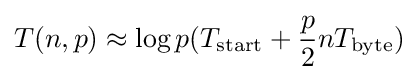
T(n,p)\approx \log {p}(T_{\text{start}}+{\frac {p}{2}}nT_{\text{byte}})